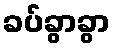
ခပ်ခွာခွာ